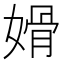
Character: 𰌏